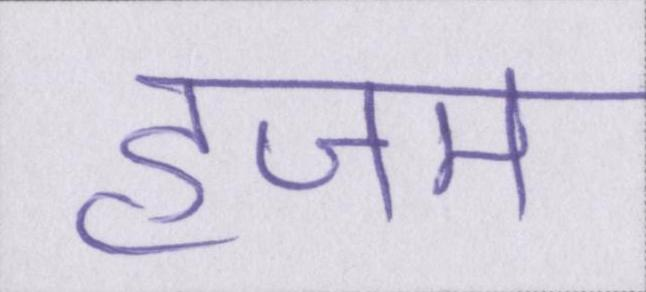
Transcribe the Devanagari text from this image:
हजम